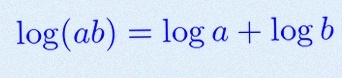
\log(ab)=\log a+\log b